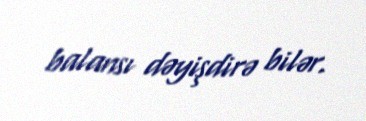
balansı dəyişdirə bilər.